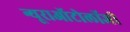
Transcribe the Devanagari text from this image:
न्यूराऑटोलॉजी